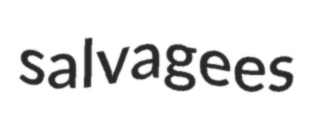
salvagees